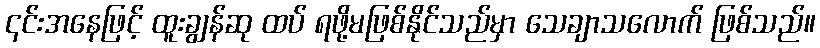
၎င်းအနေဖြင့် ထူးချွန်ဆု ထပ် ရဖို့မဖြစ်နိုင်သည်မှာ သေချာသလောက် ဖြစ်သည်။